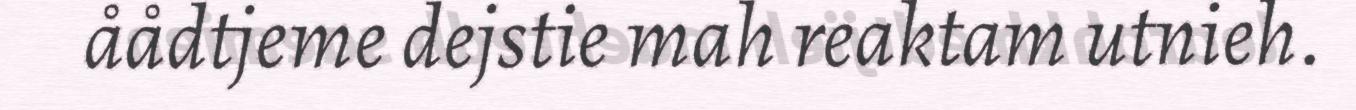
åådtjeme dejstie mah reaktam utnieh.